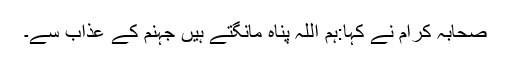
صحابہ کرام نے کہا:ہم اللہ پناہ مانگتے ہیں جہنم کے عذاب سے۔